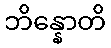
ဘိန္နောတိ